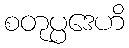
စတုပ္ပဒေဟိ